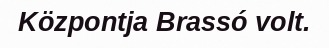
Központja Brassó volt.